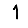
Digit: 1